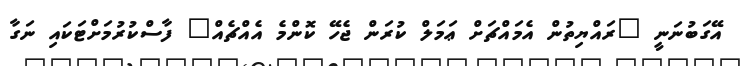
އޭގަބުނަނީ "ރައްޔިތުން އެމައްޗަށް ޢަމަލް ކުރަން ޖެހޭ ކޮންމެ އެއްޗެއް" ފާސްކުރުމަށްޓަކައި ނަގާ